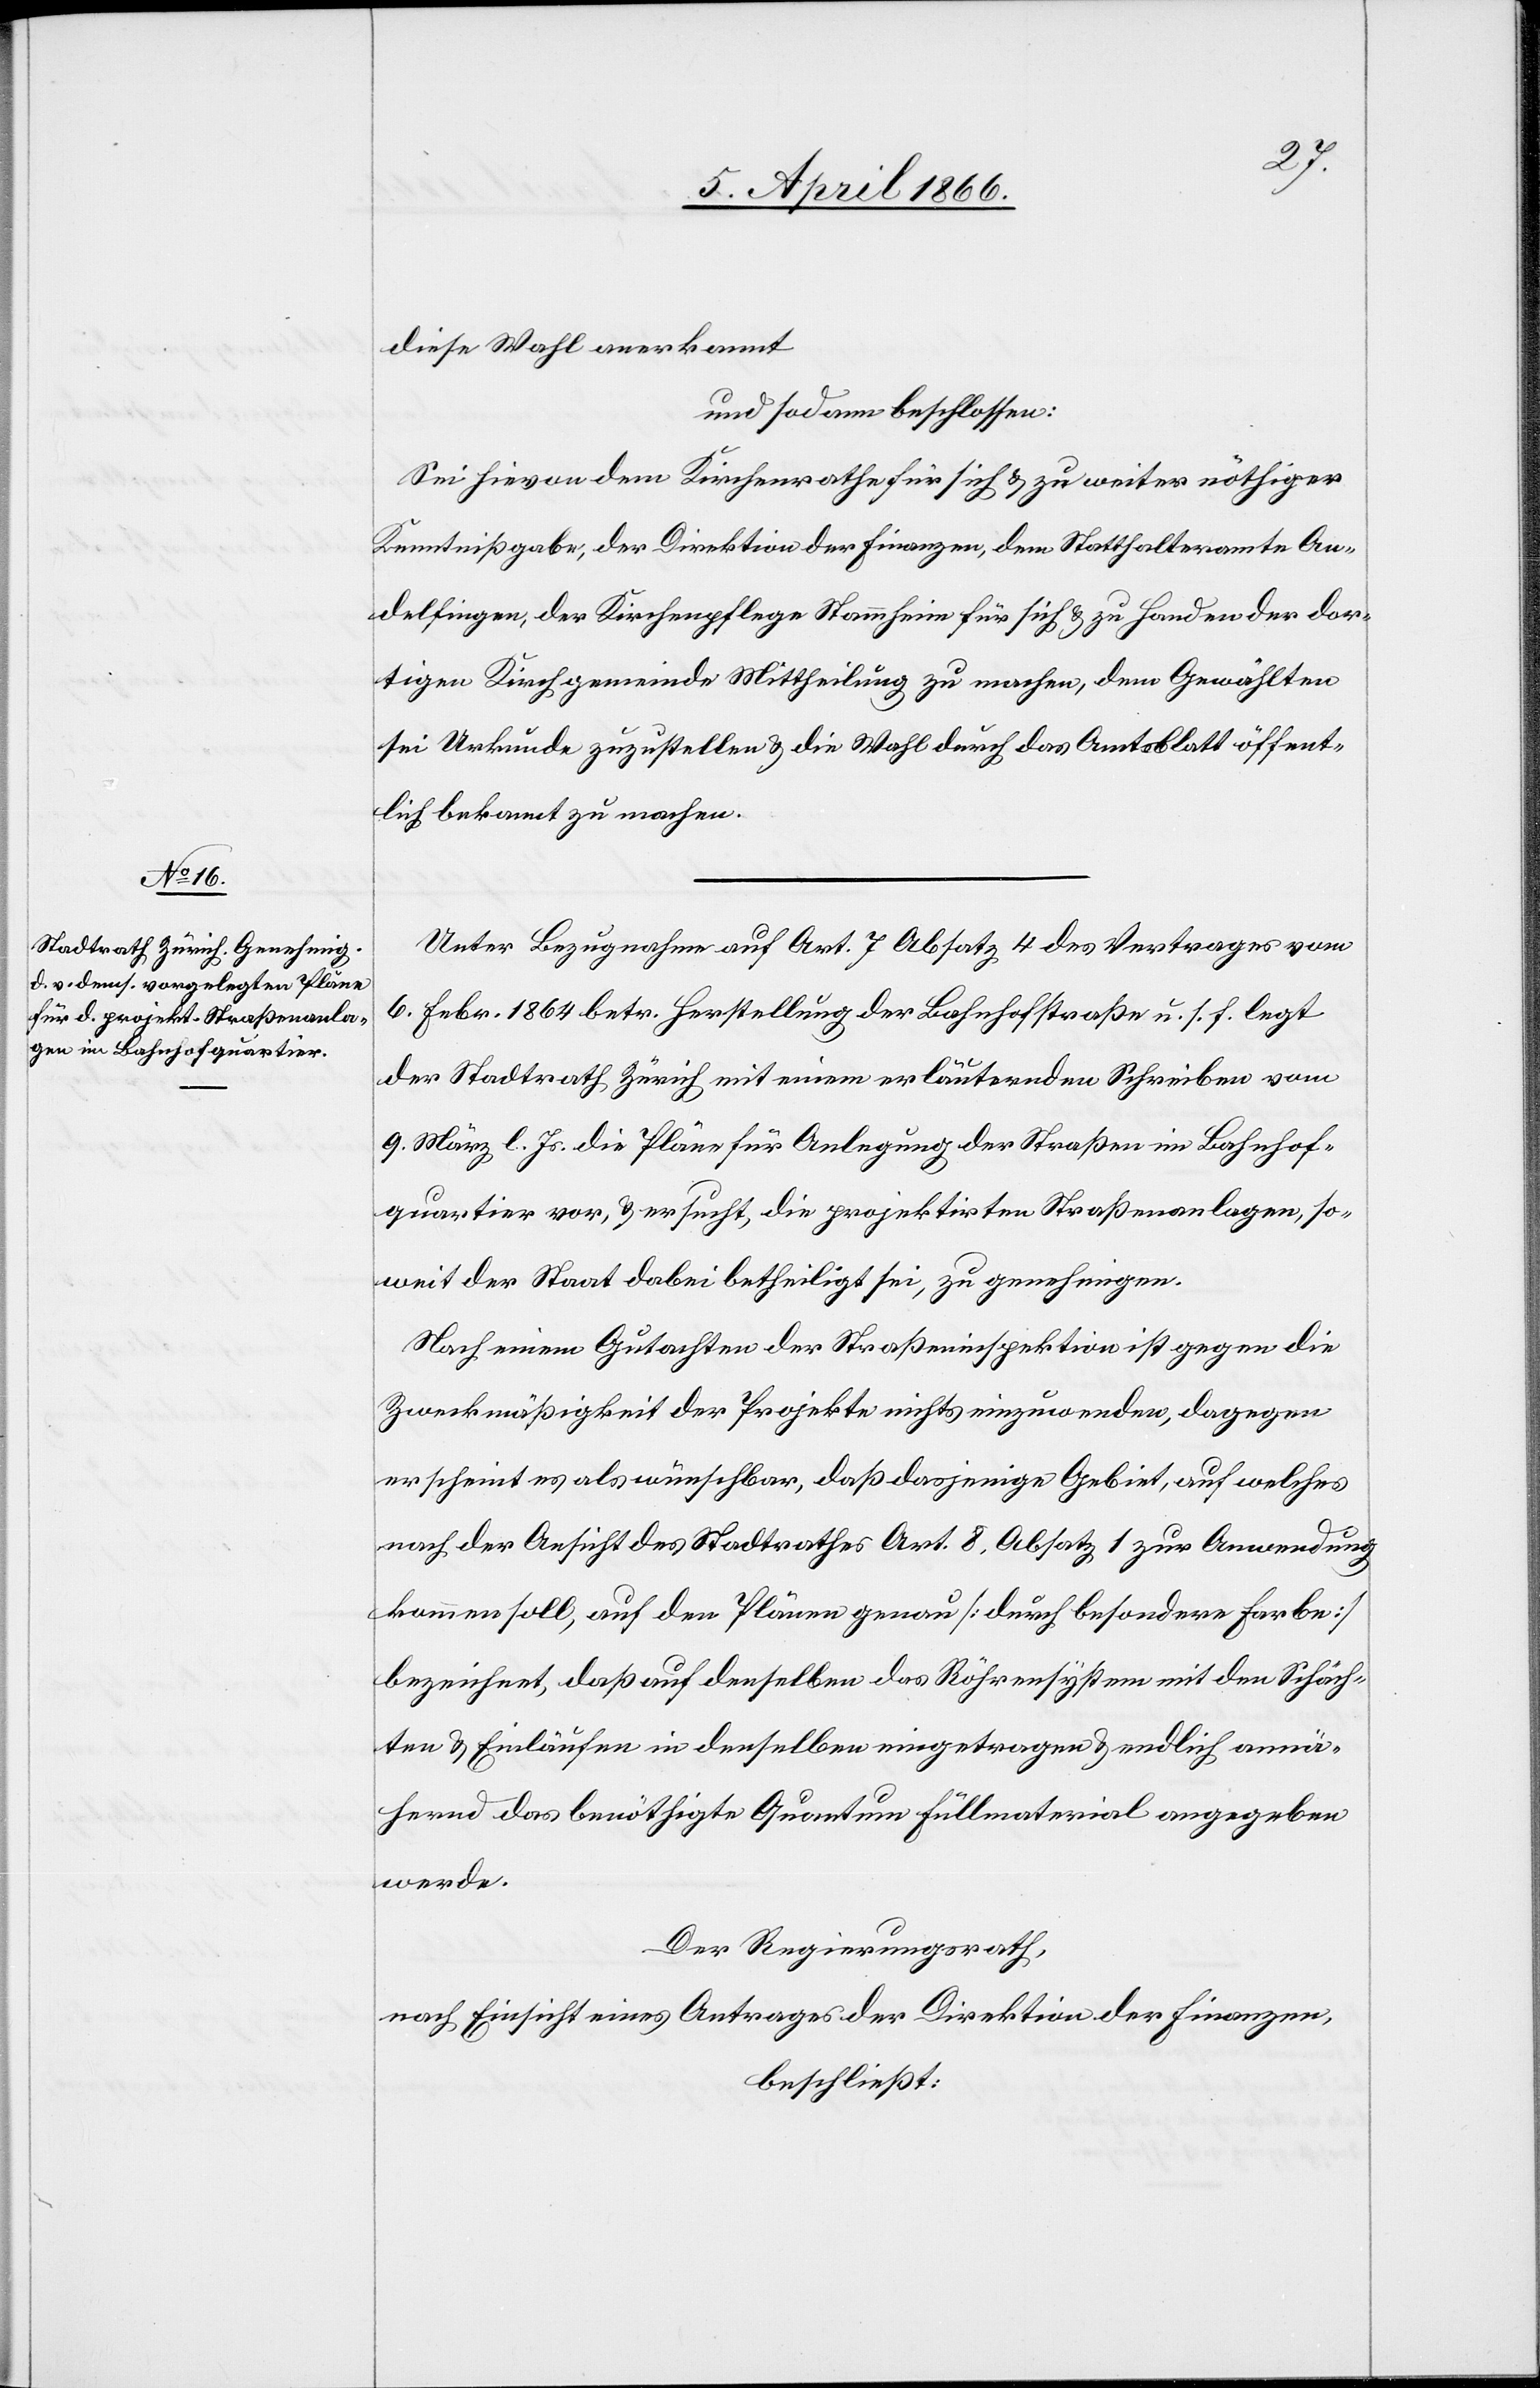
diese Wahl anerkannt
und sodann beschlossen:
Sei hievon dem Kirchenrathe für sich u. zu weiter nöthiger
Kenntnißgabe: der Direktion der Finanzen, dem Statthalteramte An¬
delfingen, der Kirchenpflege Stammheim für sich u. zu Handen der dor¬
tigen Kirchgemeinde Mittheilung zu machen, dem Gewählten
sei Urkunde zuzustellen u. die Wahl durch das Amtsblatt öffent¬
lich bekannt zu machen.
Unter Bezugnahme auf Art. 7 Absatz 4 des Vertrages vom
6. Febr. 1864 betr. Herstellung der Bahnhofstraße u. s. f. legt
der Stadtrath Zürich mit einem erläuternden Schreiben vom
9. März l. Js. die Pläne für Anlegung der Straßen im Bahnhof¬
quartier vor, u. ersucht, die projektirten Straßenanlagen, so¬
weit der Staat dabei betheiligt sei, zu genehmigen.
Nach einem Gutachten der Straßeninspektion ist gegen die
Zweckmäßigkeit der Projekte nichts einzuwenden, dagegen
erscheint es als wünschbar, daß dasjenige Gebiet, auf welches
nach der Ansicht des Stadtrathes Art. 8, Absatz 1 zur Anwendung
kommen soll, auf den Plänen genau [durch besondere Farbe]
bezeichnet, daß auf denselben das Röhrensystem mit den Schäch¬
ten u. Einläufen in denselben eingetragen u. endlich annä¬
hernd das benöthigte Quantum Füllmaterial angegeben
werde.
Der Regierungsrath,
nach Einsicht eines Antrages der Direktion der Finanzen,
beschließt: